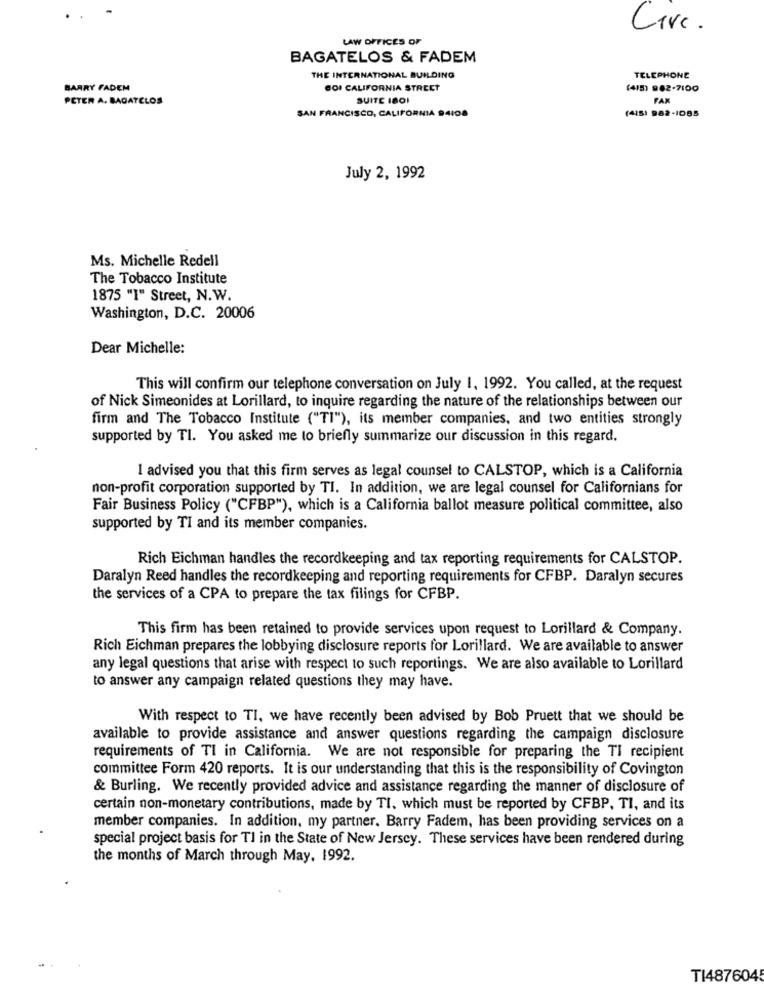
Live.
LAW OFFICES OF
BAGATELOS & FADEM
THE INTERNATIONAL BUILDING
TELEPHONE
BARRY FADEM
GOI CALIFORNIA STREET
(415) 962-7100
PETER A. BAGATELOS
SUITE 1801
FAX
SAN FRANCISCO, CALIFORNIA 94108
(415) 982-1085
July 2, 1992
Ms. Michelle Redell
The Tobacco Institute
1875 "I" Street, N.W.
Washington, D.C. 20006
Dear Michelle:
This will confirm our telephone conversation on July 1, 1992. You called, at the request
of Nick Simeonides at Lorillard, to inquire regarding the nature of the relationships between our
firm and The Tobacco Institute ("TI"), its member companies, and two entities strongly
supported by TI. You asked me to briefly summarize our discussion in this regard.
1 advised you that this firm serves as legal counsel to CALSTOP, which is a California
non-profit corporation supported by TI. In addition, we are legal counsel for Californians for
Fair Business Policy ("CFBP"), which is a California ballot measure political committee, also
supported by TI and its member companies.
Rich Eichman handles the recordkeeping and tax reporting requirements for CALSTOP.
Daralyn Reed handles the recordkeeping and reporting requirements for CFBP. Daralyn secures
the services of a CPA to prepare the tax filings for CFBP.
This firm has been retained to provide services upon request to Lorillard & Company.
Rich Eichman prepares the lobbying disclosure reports for Lorillard. We are available to answer
any legal questions that arise with respect to such reportings. We are also available to Lorillard
to answer any campaign related questions they may have.
With respect to TI, we have recently been advised by Bob Pruett that we should be
available to provide assistance and answer questions regarding the campaign disclosure
requirements of TI in California. We are not responsible for preparing the TI recipient
committee Form 420 reports. It is our understanding that this is the responsibility of Covington
& Burling. We recently provided advice and assistance regarding the manner of disclosure of
certain non-monetary contributions, made by TI. which must be reported by CFBP, TI, and its
member companies. In addition, my partner. Barry Fadem, has been providing services on a
special project basis for TI in the State of New Jersey. These services have been rendered during
the months of March through May, 1992.
TI4876045